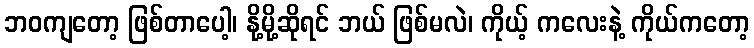
ဘဝကျတော့ ဖြစ်တာပေါ့၊ နို့မို့ဆိုရင် ဘယ် ဖြစ်မလဲ၊ ကိုယ့် ကလေးနဲ့ ကိုယ်ကတော့